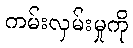
ကမ်းလှမ်းမှုကို